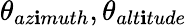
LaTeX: \theta_{az\mathbf{i}muth},\theta_{alt\mathbf{i}tude}